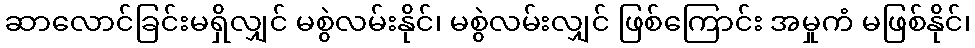
ဆာလောင်ခြင်းမရှိလျှင် မစွဲလမ်းနိုင်၊ မစွဲလမ်းလျှင် ဖြစ်ကြောင်း အမှုကံ မဖြစ်နိုင်၊